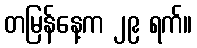
တမြန်နေ့က ၂၉ ရက်။